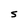
Character: S